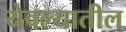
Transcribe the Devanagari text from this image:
येवल्यातील